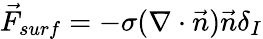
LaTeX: \vec{F}_{surf}=-\sigma(\nabla\cdot\vec{n})\vec{n}\delta_{I}